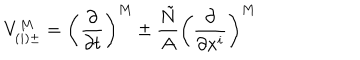
V _ { ( i ) \pm } ^ { M } = \left( \frac { \partial } { \partial t } \right) ^ { M } \pm \frac { \tilde { N } } { A } \left( \frac { \partial } { \partial x ^ { i } } \right) ^ { M }